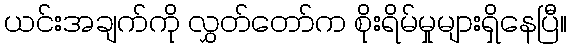
ယင်းအချက်ကို လွှတ်တော်က စိုးရိမ်မှုများရှိနေပြီ။